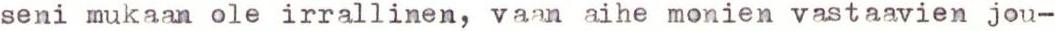
seni mukaan ole irrallinen, vaan aihe monien vastaavien jou-